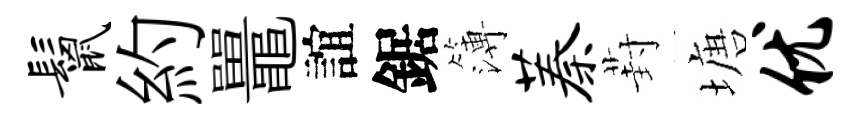
鬣約鼉誼鋸簿蓁葑塘优